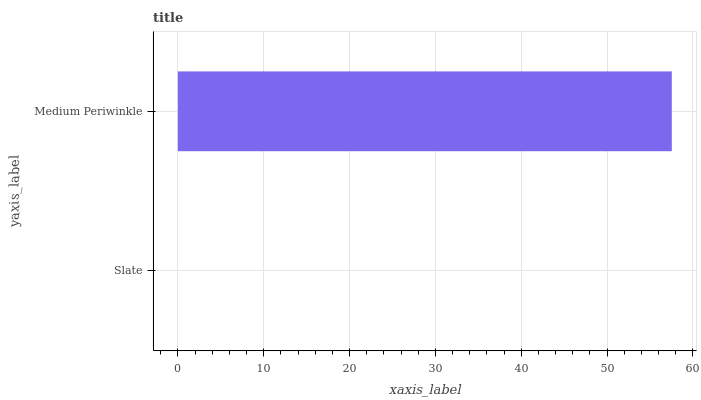
| yaxis_label | bars |
 | --- | --- |
 | Slate | 0 |
 | Medium Periwinkle | 57.5 |